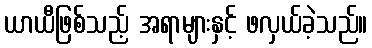
ယာယီဖြစ်သည့် အရာများနှင့် ဖလှယ်ခဲ့သည်။